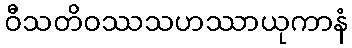
ဝီသတိဝဿသဟဿာယုကာနံ